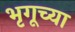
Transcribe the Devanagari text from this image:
भृगूच्या